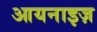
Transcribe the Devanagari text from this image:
आयनाइज़